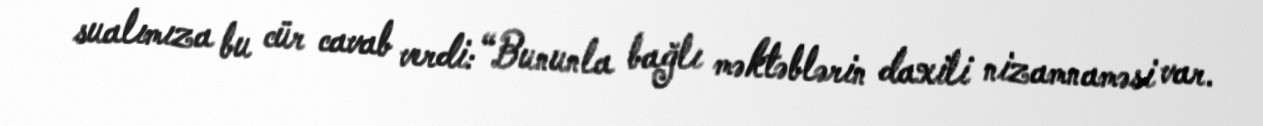
sualımıza bu cür cavab verdi: “Bununla bağlı məktəblərin daxili nizamnaməsi var.